Senior Leaving Certificate Examination (including Day School Certificate (Higher) General paper), 1948
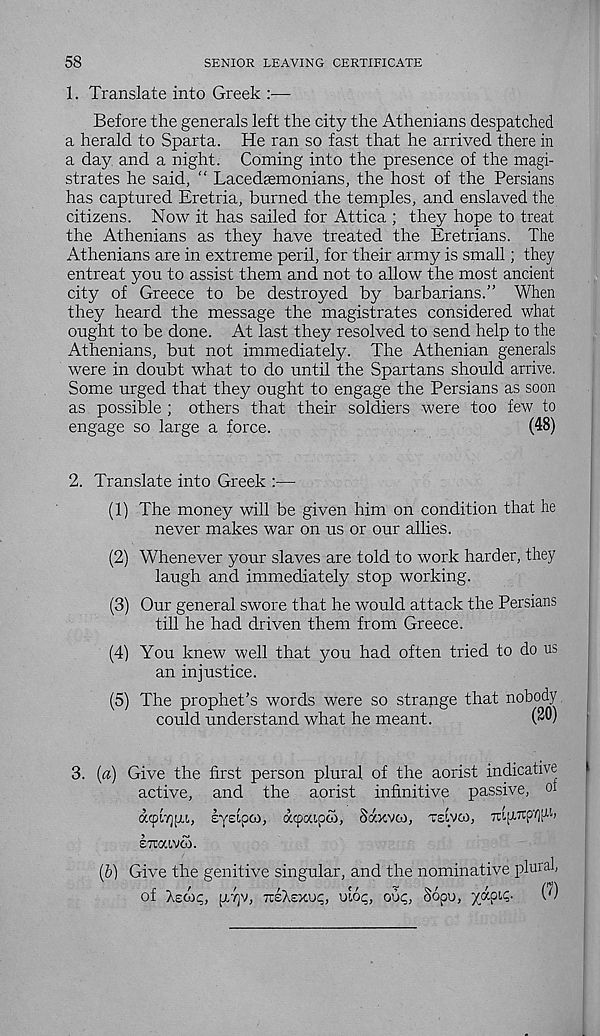
58
SENIOR LEAVING CERTIFICATE
1. Translate into Greek :—
Before the generals left the city the Athenians despatched
a herald to Sparta. He ran so fast that he arrived there in
a day and a night. Coming into the presence of the magi-
strates he said, “ Lacedaemonians, the host of the Persians
has captured Eretria, burned the temples, and enslaved the
citizens. Now it has sailed for Attica ; they hope to treat
the Athenians as they have treated the Eretrians. The
Athenians are in extreme peril, for their army is small; they
entreat you to assist them and not to allow the most ancient
city of Greece to be destroyed by barbarians.” When
they heard the message the magistrates considered what
ought to be done. At last they resolved to send help to the
Athenians, but not immediately. The Athenian generals
were in doubt what to do until the Spartans should arrive.
Some urged that they ought to engage the Persians as soon
as possible ; others that their soldiers were too few to
engage so large a force.
(48)
2. Translate into Greek :—
(1) The money will be given him on condition that he
never makes war on us or our allies.
(2) Whenever your slaves are told to work harder, they
laugh and immediately stop working.
(3) Our general swore that he would attack the Persians
till he had driven them from Greece.
(4) You knew well that you had often tried to do us
an injustice.
(5) The prophet’s words were so strange that nobody
could understand what he meant.
(™)
3. (a) Give the first person plural of the aorist indicative
active, and the aorist infinitive passive, oi
acpv/jpi, sysipco, acpaipoi, Saxvco, tsivoi, 7UfX7rp7)[iij
STOUVW.
(b) Give the genitive singular, and the nominative pluial
of Xeoic, p„7]v, rdXexuq, uloq, ouq, 86pu, yap^-
W